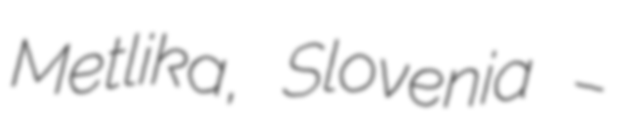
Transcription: Metlika, Slovenia –